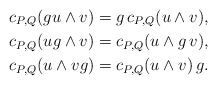
\begin{align*} c_{P,Q}(gu\wedge v) &= g\, c_{P,Q}(u\wedge v),\\ c_{P,Q}(ug\wedge v) &= c_{P,Q}(u\wedge g\, v),\\ c_{P,Q}(u\wedge vg) &= c_{P,Q}(u\wedge v)\,g.\\\end{align*}